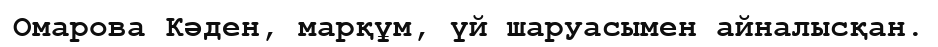
Омарова Кәден, марқұм, үй шаруасымен айналысқан.